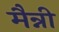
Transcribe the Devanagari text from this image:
मैन्नी